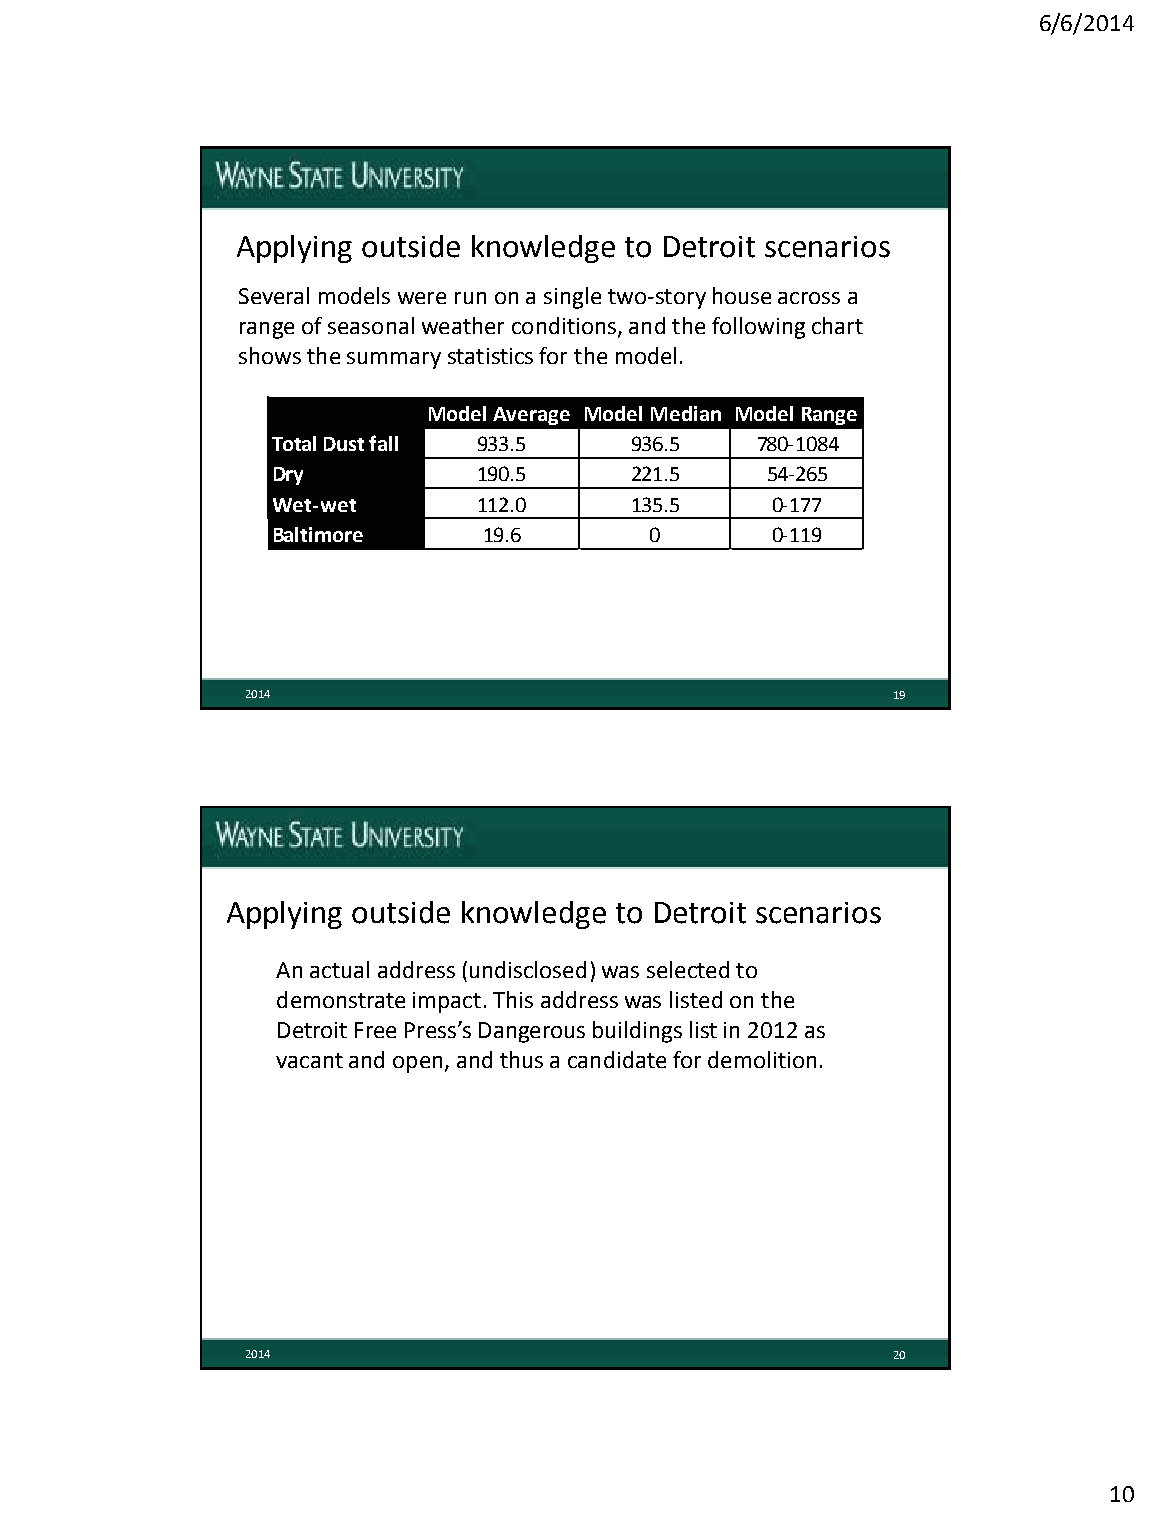
6/6/2014
 Applying outside knowledge to Detroit scenarios
 Several models were run on a single two-story house across a
 range of seasonal weather conditions, and the following chart
 shows the summary statistics for the model.
 Model Average Model Median Model Range
 Total Dust fall 933.5   936.5   780-1084
 Dry           190.5     221.5    54-265
 Wet-wet       112.0     135.5    0-177
 Baltimore     19.6       0       0-119
 2014                                       19
 Applying outside knowledge to Detroit scenarios
 An actual address (undisclosed) was selected to
 demonstrate impact. This address was listed on the
 Detroit Free Press’s Dangerous buildings list in 2012 as
 vacant and open, and thus a candidate for demolition.
 2014                                       20
 10